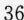
36